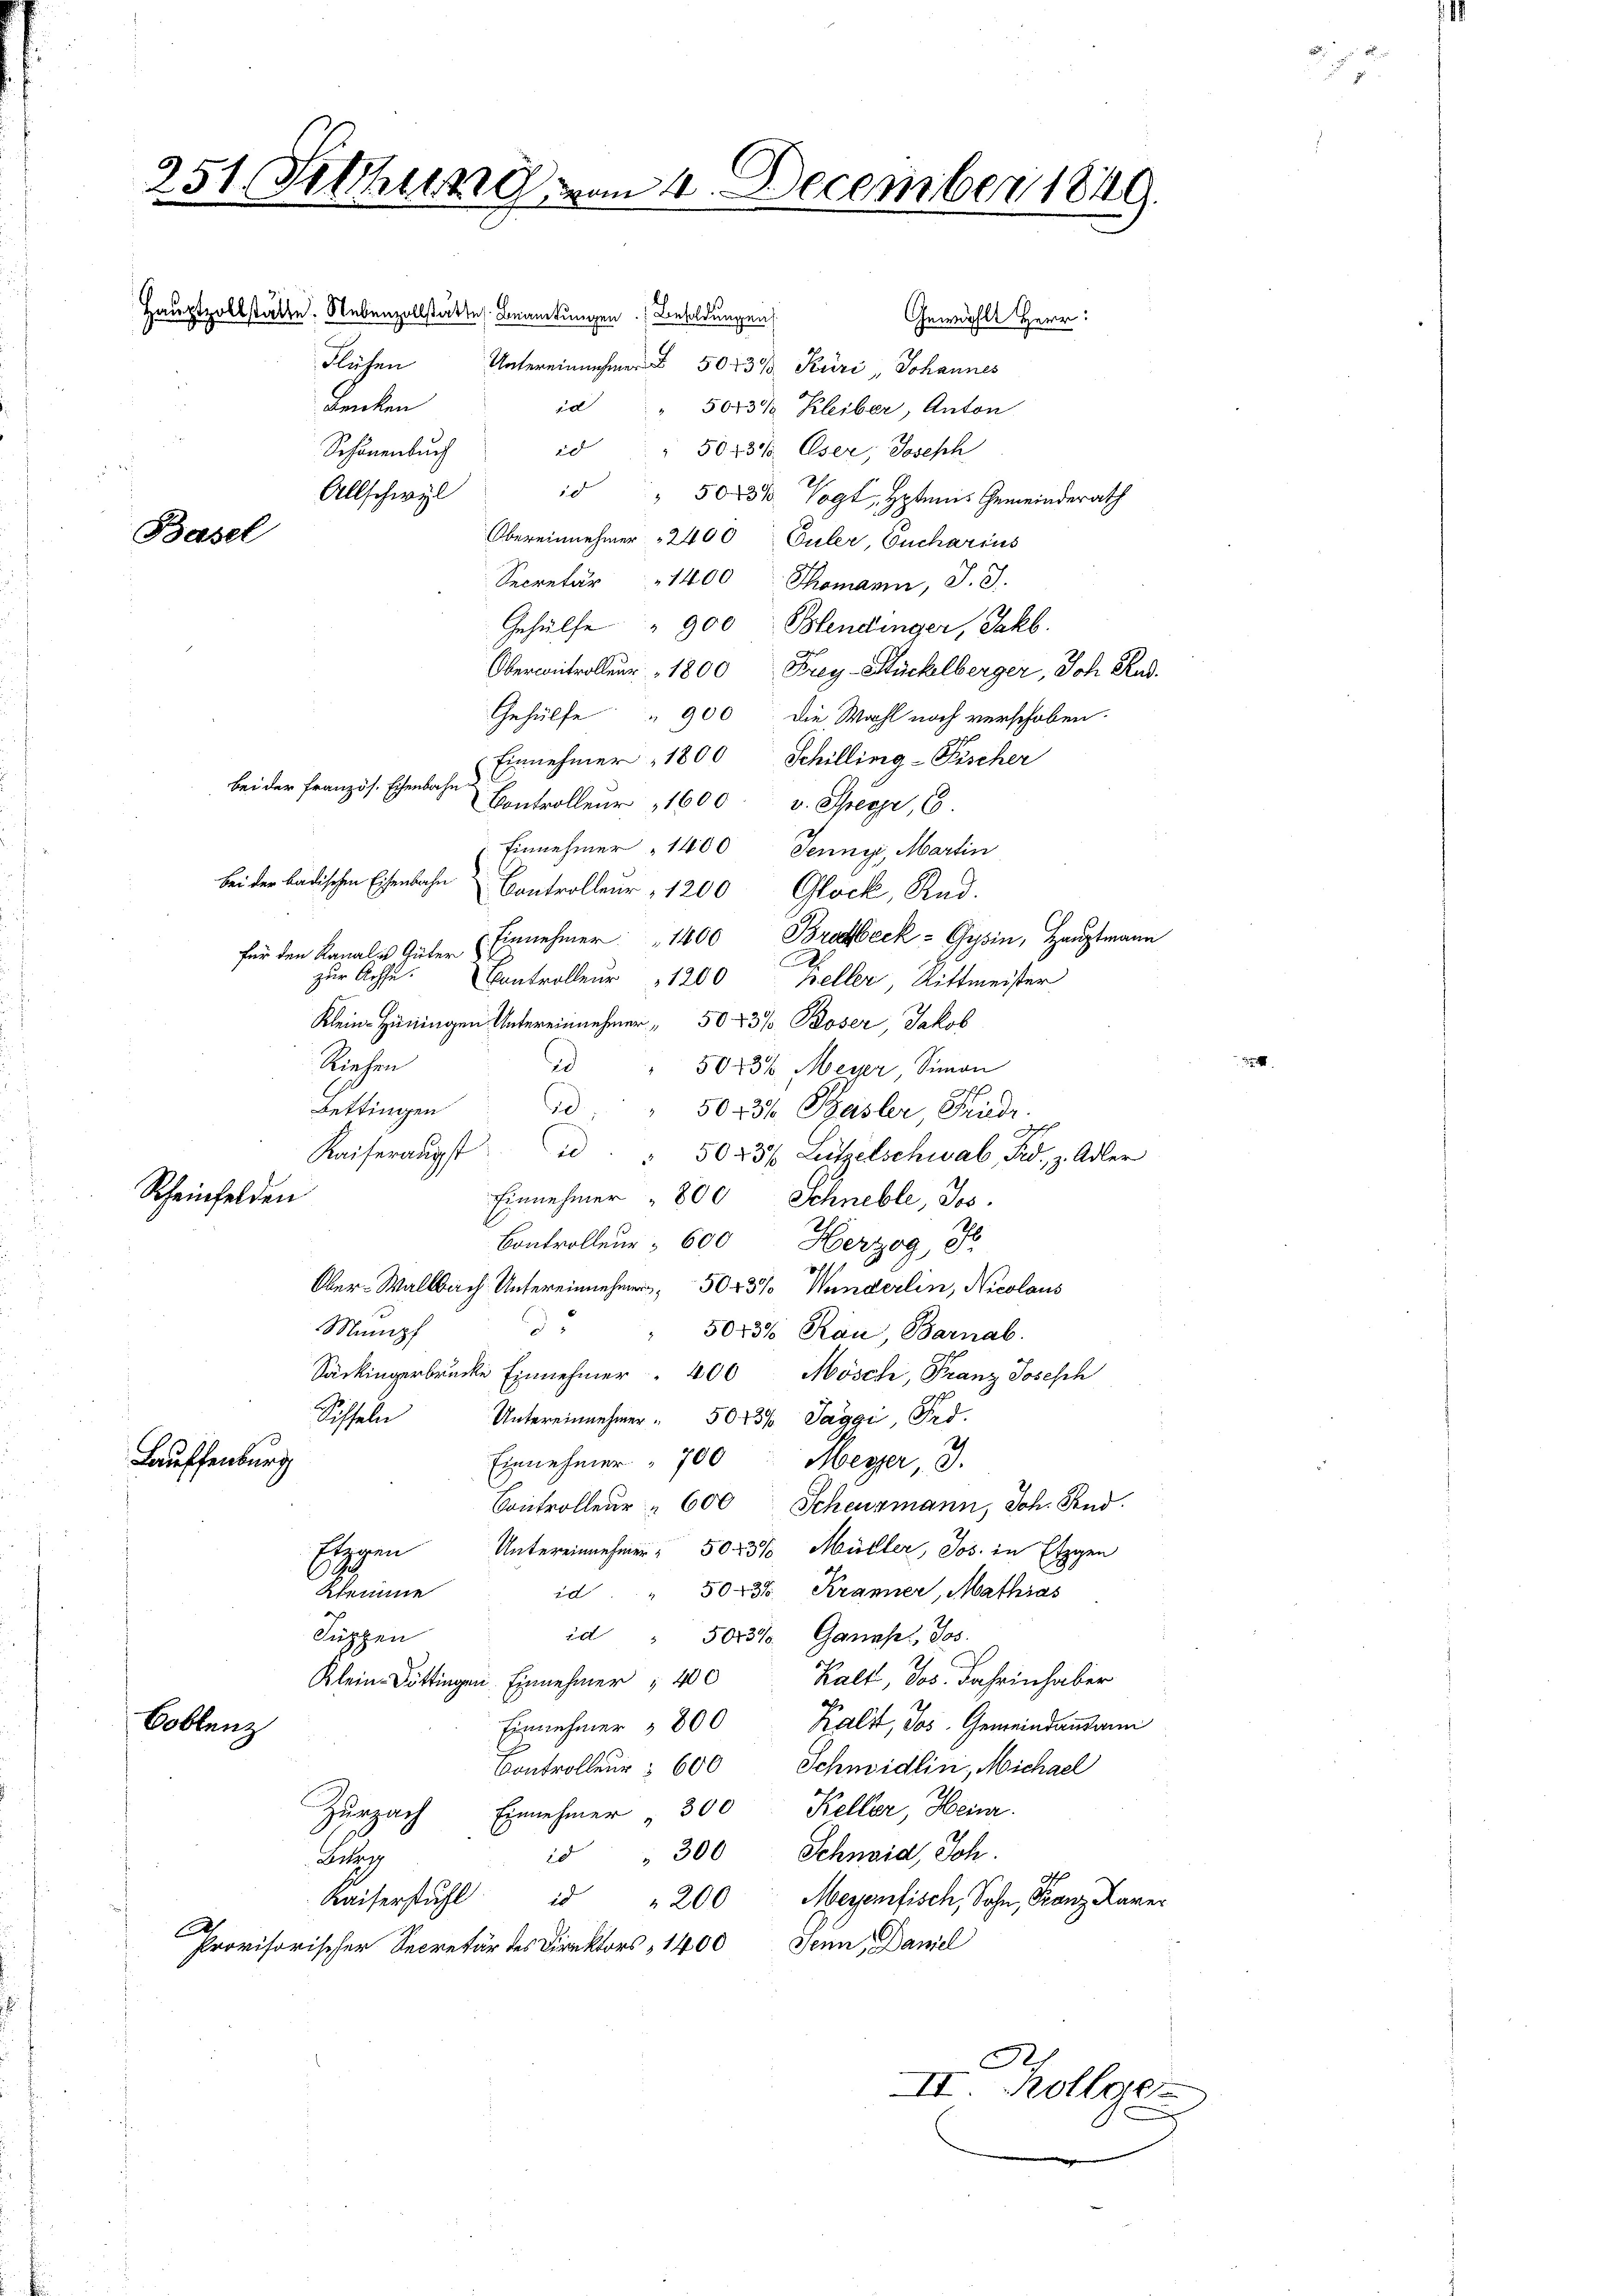
251. Fettung vom 4. December 1849.

Basel

Hauptzollstätte. Nebenzollstätte Beamtungen Besoldungen
Gewählt Herr!
Flüchen Untereinnehmen 50 f 30 Küri, Johannes
Benken
in
5003/ Kleiber, Anton
id " 5053% Oser, Joseph
Schönenbuch
Allschwyl
id " 5003% Vogt, Hptmnis Gemeinderath
Obereinnehmer 2400 Guler, Eucharius
Secretär 1400 Thomann, J. J.
Gehülfe " 900 Blendinger, Jakb.
Obercontroller 1800 Frey Stückelberger, Joh. Rud.
Gehülfe " 900 die Wahl noch verschoben.
Einnehmer 1800 Schilling-Pischer
bei der Französ. Eisenbahn
Controlleur 1600. v. Spezer, 6.
Einnehmer " 1400 Jenny, Martin
Bei der badischen Eisenbahn Controlleur 1200 Glock, Rud.
Einnehmer 1400 Brodbeck - Gysin, Hauptmann
für den Kanalis Güter
zur Achse.
Controlleur 1200 heller Rittmeister
Klein-Hüningen Untereinnehmer " 5043% Böser, Jakob
Riehen
5043% Meyer, Simon
d
Bettingen
5043/ Basler, Friedr.
Kaiseraŭgst d. " 5023/ Lützelschwab, Bd. z. Adler
Rheinfelden
Einnehmer " 800 Schneble, Jos.
Controllen 600 Herzog, H
Ober-Wallbach Untereinnehmer, 5043% Wunderlin, Nicolaus
d
Mumpf
5043% Rau, Barnab.
Säckingerbrucke Einnehmer 400 Mösch, Franz Josesch
Sichen Untereinnehmer " 5045% Saggi, Frd.
Lauffenburg
Einnehmer 700 Meyer, 3.
Controlleur " 600 Scheuzmann, Joh. Rud.
Eigen Untereinnehmer. 5025%, Müller, Jos. in Etzgen
id. " 50436. Kränner, Mathias
Atemme
id " 5013% Ganasel, Jos.
Kuppen
Klein Döttingen Einnehmer, 400 Kalt, Jos. Jahren haber
Einnehmer " 800 Kaltt, Jos. Gemeindausann
Boblenz
Controlleur 600 Schmidlin, Michael
Zurzach Einnehmer " 300 Keller, Heinr.
" 300 Schneid, Joh.
Betag
Kaiserstŭhl " " 200 Meyenfisch, Sohn, Franz Karer
x
Provisorischer Secretär des Direktors, 1400 Senn, Daniel

d

II Zollge